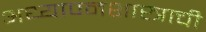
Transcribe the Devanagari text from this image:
अध्यापनशास्त्राची